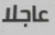
عاجلا